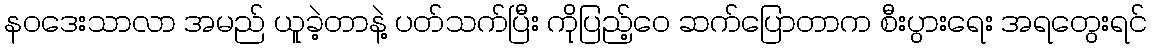
နဝဒေးသာလာ အမည် ယူခဲ့တာနဲ့ ပတ်သက်ပြီး ကိုပြည့်ဝေ ဆက်ပြောတာက စီးပွားရေး အရတွေးရင်